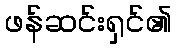
ဖန်ဆင်းရှင်၏